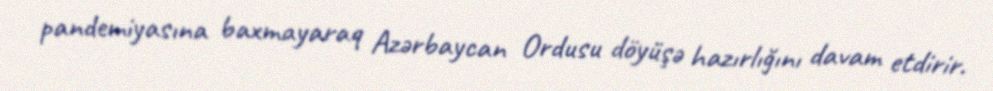
pandemiyasına baxmayaraq Azərbaycan Ordusu döyüşə hazırlığını davam etdirir.